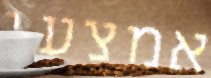
אמצעי